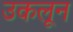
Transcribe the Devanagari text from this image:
उकलून